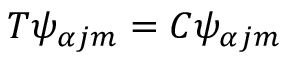
T \psi _ { \alpha j m } = C \psi _ { \alpha j m }